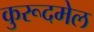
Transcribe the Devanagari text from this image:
कुरूदमेल